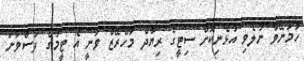
ހަމަނޭވާ ނުލެވި އުޅެނިކޮށް ސިޓީގެ ރިޔާދް މަހްރޭޒް ވަނީ އެ ޓީމުގެ ފަސްވަނަ